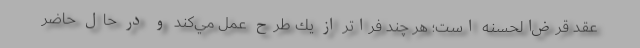
عقد قرض‌الحسنه است؛ هر چند فراتر از يك طرح عمل مي‌كند و در حال حاضر